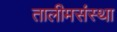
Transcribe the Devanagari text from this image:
तालीमसंस्था